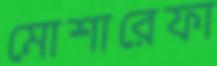
মোশারেফা